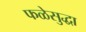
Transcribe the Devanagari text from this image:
फळेसुद्धा